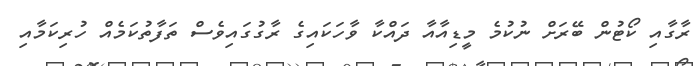
ރާގާއި ކޯޓުން ބޭރަށް ނުކުމެ މީޑިއާއާ ދައްކާ ވާހަކައިގެ ރާގުގައިވެސް ތަފާތުކަމެއް ހުރިކަމާއި